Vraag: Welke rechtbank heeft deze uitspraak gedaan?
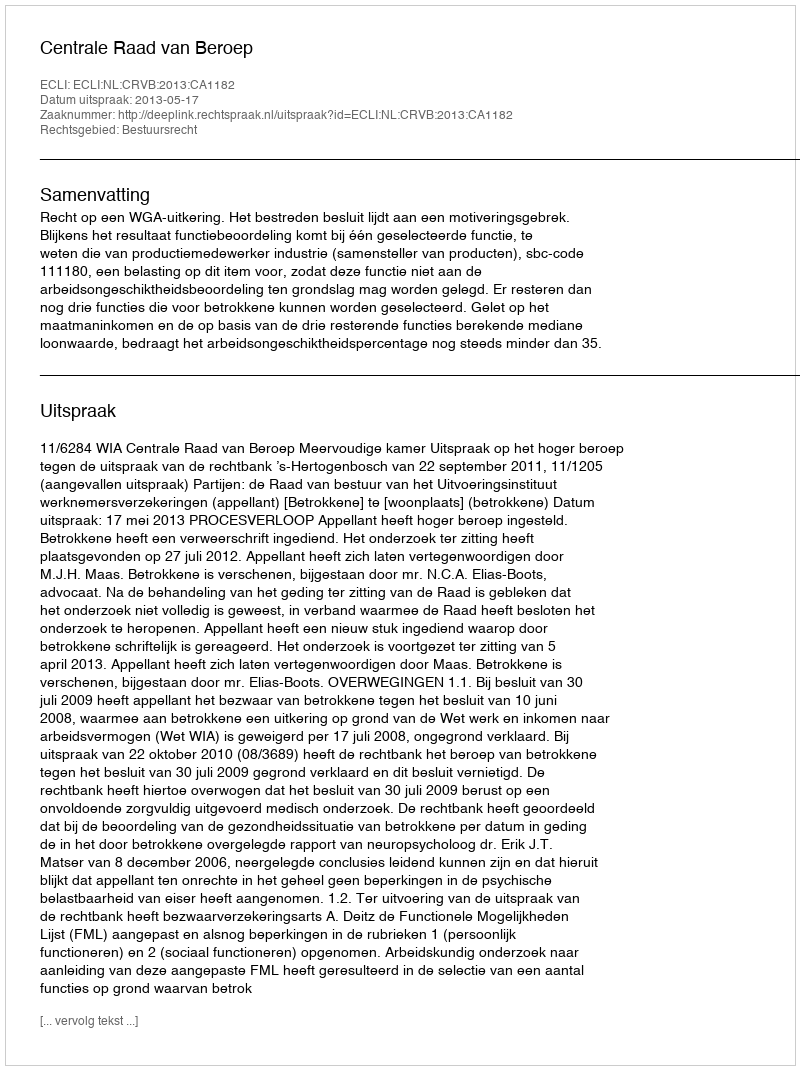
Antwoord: Centrale Raad van Beroep